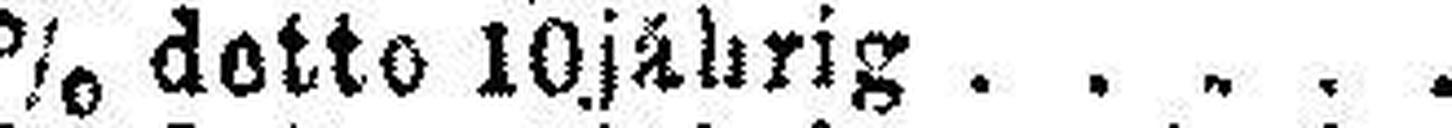
5% detto 10jährig